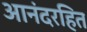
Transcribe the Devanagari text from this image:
आनंदरहित